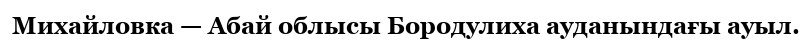
Михайловка — Абай облысы Бородулиха ауданындағы ауыл.